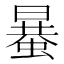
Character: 𧏒